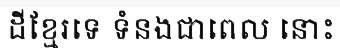
ដីខ្មែរទេ ទំនងជាពេល នោះ